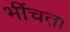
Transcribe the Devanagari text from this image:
भींचता